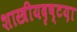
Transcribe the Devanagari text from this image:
शास्त्रीयदृष्टय़ा